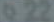
Q22